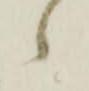
々